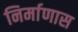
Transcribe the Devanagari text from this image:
निर्माणास